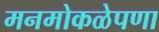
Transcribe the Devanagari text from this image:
मनमोकळेपणा